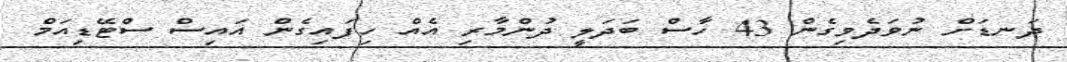
ދަނޑަށް ނުވަދެވިގެން 43 ހާސް ބަދަލީ ދުންމާރި އެއް ހިފައިގެން އައިސް ސްޓޭޑިއަމް